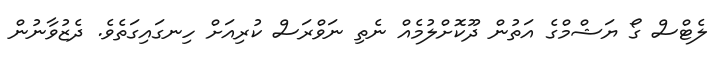
ލެޓްސް ގޯ ޔަޝްމްގެ އަތުން ދޫކޮށްލުމެއް ނެތި ނަވްރަސް ކުރިއަށް ހިނގައިގަތެވެ. ދެޒުވާނުން